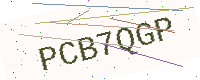
Text: PCB7QGP